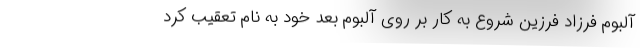
آلبوم فرزاد فرزین شروع به کار بر روی آلبوم بعد خود به نام تعقیب کرد